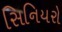
સિનિયરો